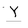
Character: Y